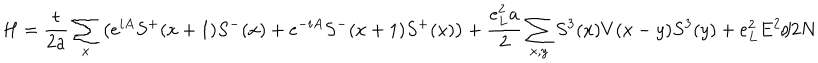
LaTeX: H = \frac { t } { 2 a } \sum _ { x } \left( e ^ { i A } S ^ { + } ( x + 1 ) S ^ { - } ( x ) + e ^ { - i A } S ^ { - } ( x + 1 ) S ^ { + } ( x ) \right) + \frac { e _ { L } ^ { 2 } a } { 2 } \sum _ { x , y } S ^ { 3 } ( x ) V ( x - y ) S ^ { 3 } ( y ) + e _ { L } ^ { 2 } E ^ { 2 } / 2 N